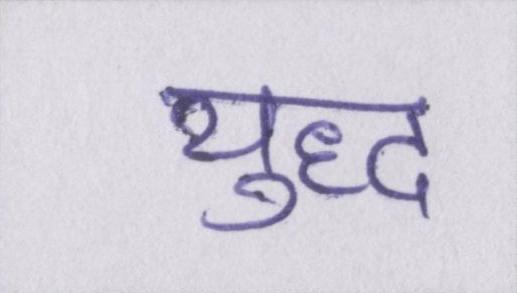
युद्ध